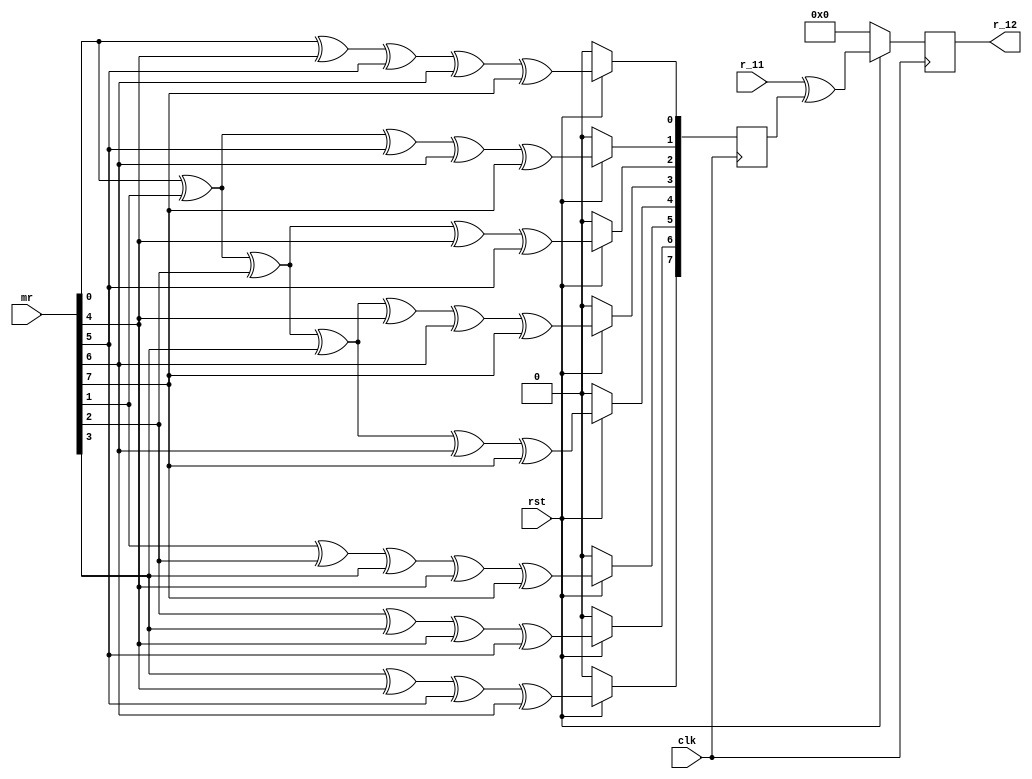
`timescale 1ns / 1ps


module mux_12(
    input clk,
	 input rst,
	 input[7:0] mr,
	 input[7:0] r_11,
	 output[7:0] r_12
    );
wire[7:0] a_12;
reg[7:0] g_12;
reg[7:0] r12;

assign a_12 = mr;

 always @(posedge clk)                            //g12m+r?  
 begin
  if(!rst)
   begin
	g_12<=0;
	r12<=0;
	end
  else
   begin
    g_12[0]<=a_12[0]^a_12[4]^a_12[5]^a_12[6]^a_12[7];	
	 g_12[1]<=a_12[0]^a_12[1]^a_12[5]^a_12[6]^a_12[7];	
	 g_12[2]<=a_12[0]^a_12[1]^a_12[2]^a_12[4]^a_12[5];	
    g_12[3]<=a_12[0]^a_12[1]^a_12[2]^a_12[3]^a_12[4]^a_12[6]^a_12[7];	
    g_12[4]<=a_12[0]^a_12[1]^a_12[2]^a_12[3]^a_12[6]^a_12[7];	
	 g_12[5]<=a_12[1]^a_12[2]^a_12[3]^a_12[4]^a_12[7];	
	 g_12[6]<=a_12[2]^a_12[3]^a_12[4]^a_12[5];	
	 g_12[7]<=a_12[3]^a_12[4]^a_12[5]^a_12[6];
	 r12<=r_11^g_12;
	end
 end

assign 	 r_12=r12;

endmodule